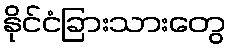
နိုင်ငံခြားသားတွေ